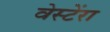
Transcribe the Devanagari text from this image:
वेस्टेंरा